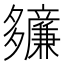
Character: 𫯙